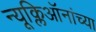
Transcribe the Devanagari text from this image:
न्यूक्लिऑनांच्या